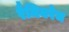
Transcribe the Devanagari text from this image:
रैमियरेज